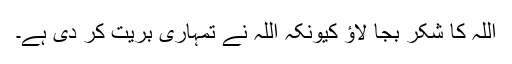
اللہ کا شکر بجا لاؤ کیونکہ اللہ نے تمہاری بریت کر دی ہے۔